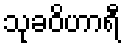
သုခဝိဟာရီ